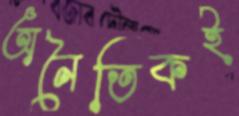
অনৈতিকই